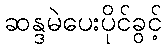
ဆန္ဒမဲပေးပိုင်ခွင့်